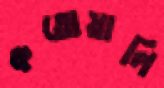
কতোয়ালি